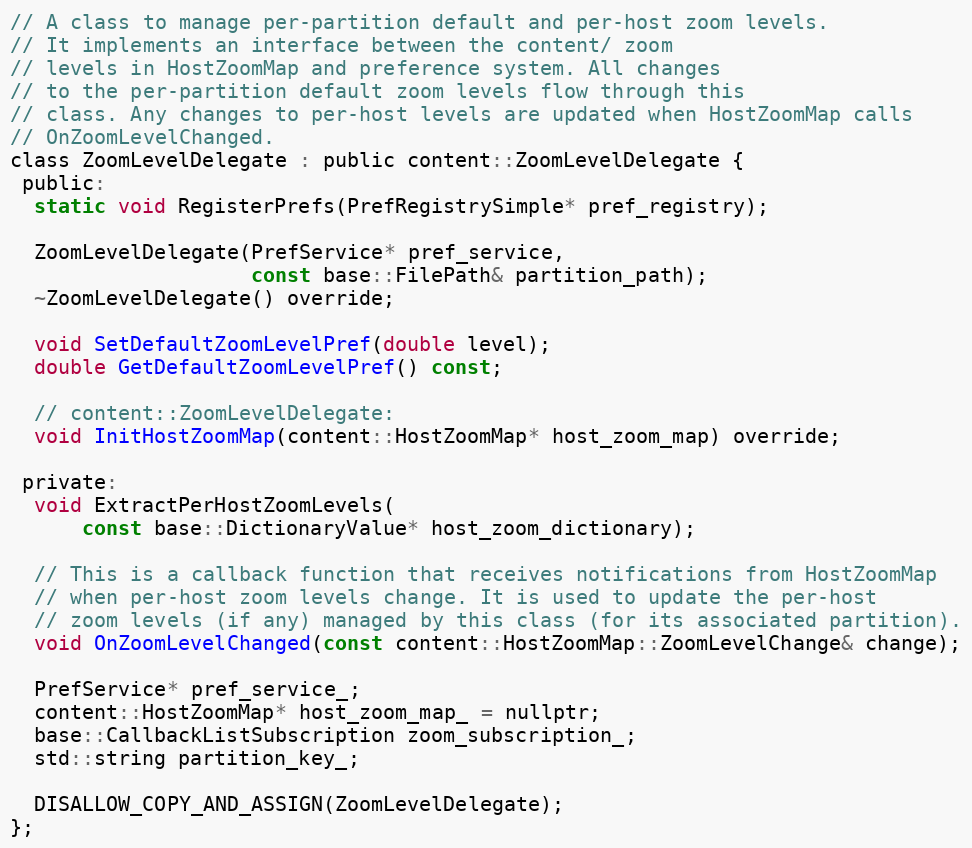
Language: C
// A class to manage per-partition default and per-host zoom levels.
// It implements an interface between the content/ zoom
// levels in HostZoomMap and preference system. All changes
// to the per-partition default zoom levels flow through this
// class. Any changes to per-host levels are updated when HostZoomMap calls
// OnZoomLevelChanged.
class ZoomLevelDelegate : public content::ZoomLevelDelegate {
 public:
  static void RegisterPrefs(PrefRegistrySimple* pref_registry);

  ZoomLevelDelegate(PrefService* pref_service,
                    const base::FilePath& partition_path);
  ~ZoomLevelDelegate() override;

  void SetDefaultZoomLevelPref(double level);
  double GetDefaultZoomLevelPref() const;

  // content::ZoomLevelDelegate:
  void InitHostZoomMap(content::HostZoomMap* host_zoom_map) override;

 private:
  void ExtractPerHostZoomLevels(
      const base::DictionaryValue* host_zoom_dictionary);

  // This is a callback function that receives notifications from HostZoomMap
  // when per-host zoom levels change. It is used to update the per-host
  // zoom levels (if any) managed by this class (for its associated partition).
  void OnZoomLevelChanged(const content::HostZoomMap::ZoomLevelChange& change);

  PrefService* pref_service_;
  content::HostZoomMap* host_zoom_map_ = nullptr;
  base::CallbackListSubscription zoom_subscription_;
  std::string partition_key_;

  DISALLOW_COPY_AND_ASSIGN(ZoomLevelDelegate);
};